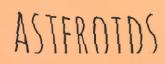
ASTEROIDS